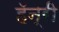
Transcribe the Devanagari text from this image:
हॅन्‍री